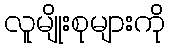
လူမျိုးစုများကို